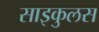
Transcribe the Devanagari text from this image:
साइकुलस